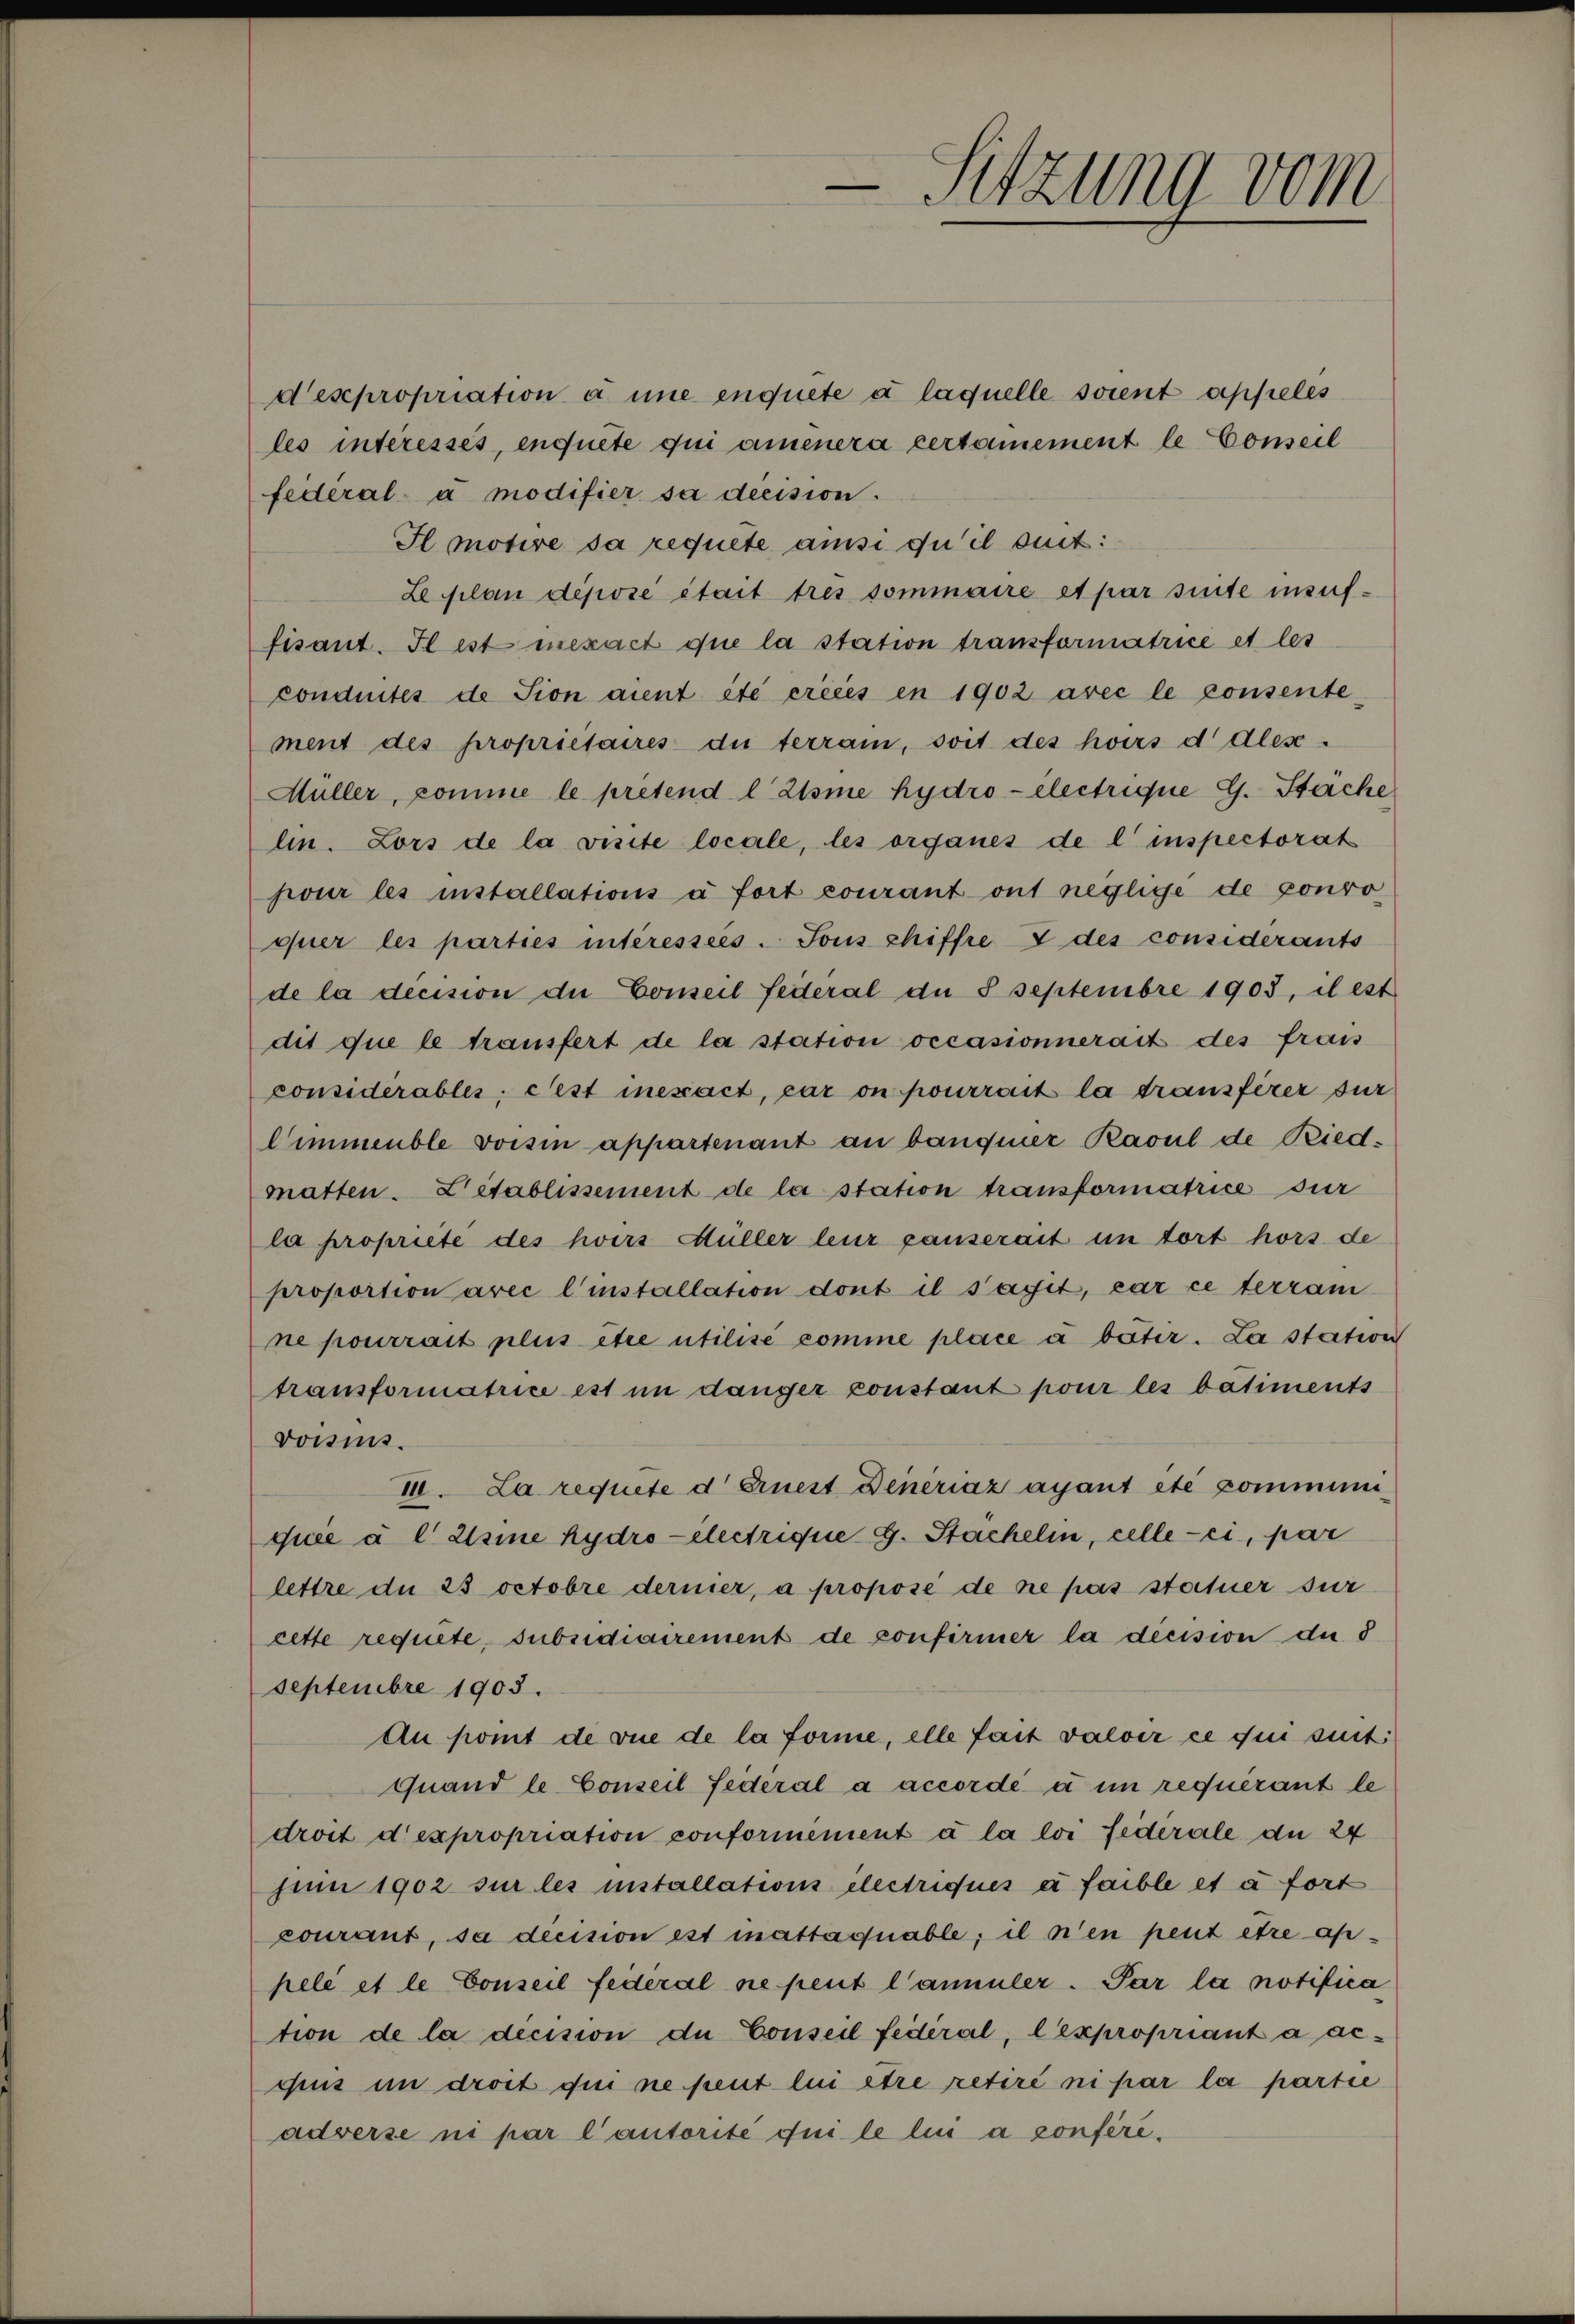
despropriation à une enquete à laquelle soient appeles
les interessés, enquete qui ammenera certanement le Conseil
federal à modifier sa decision.
Il motive sa requete ainsi du il suit:
Leplan déposé était très sommaire et par suite insuffisant. Il est mexact que la station transformatrice et les
conduites de Sion aient été créées en 1902 avec le consente-
ment des propriétaires die terrain, soit des hoirs d dles-
Müller, comme le prétend l Zsme hydro- electrique G. Sache
lin. Lors de la visite locale, les organes de l’inspectorat
pour les installations à fort courant ont negligé de pouvo
quer les parties intéressées. Sons chiffre 7 des considerants
de la décision die Conseil federal an 8 Septembre 1903, il est
dit que le transfert de la station occasionnerait des frais
considérables, Pest inescact, car on pourrait la transférer für
limmeuble voisin appartenant an banquer Rasul de Riedmatten. Létablissement de la station transformatrice sur
la propriété des hoirs Hüller leur ganserait in tort hors de
proportion avec l’installation dont il sait, car ce terram
ne pourrait plus être utilisé comme place a betr. La stativer
transformatrice est im danger constant pour les bâtiments
voisins.
III. La requete d. Ernest Denériaz ayant etc communiquée à l usine hydro electrique G. Stackelin, celle-ci, par
lettre du 23 octobre dernier, a propose de ne pas statuer sur
cette requite, subsidiairement de confirmer la dicision die §
Septembre 1903.
An komt de vue de la forme, elle fait valoir ce qui suit
Quand le Conseil fédéral a accordé à in requérant le
droit d’expropriation conformément à la loi fédérale du 24
Jun 1902 sur les installations electriques à faible et à fort
courant, sa decision est mattaquable; il n’en peut être aphele et le Conseil federal ne peut l’annuler. Par la notifica
tion de la dicision de Conseil fédéral, l’expropriant a accus in droit qui ne peut lui être retiré ni par la partie
adverse ni par l’autorité qui le lin a conferi¬

-Sitzung vom